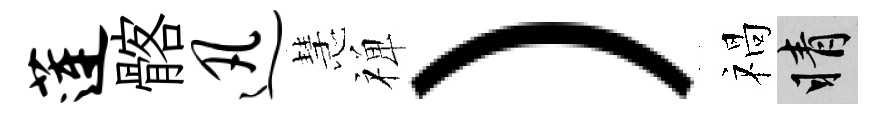
莲髂迅慧禅）禍睛